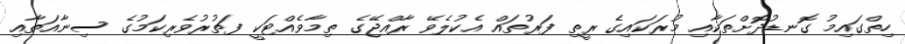
ހިތްގައިމު ގޮނޑުދޮށްތަކާއި މުރަކައިގެ ރީތި ފަރުތައް އެކުލެވޭ ރާއްޖޭގެ ތިމާވެއްޓަކީ ފަތުރުވެރިކަމުގެ ސިނާއަތާއި